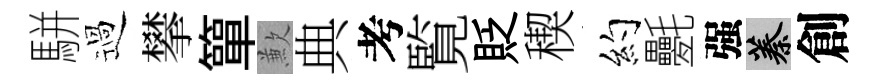
駢過攀簞歉典考覧貶稧约氎强蓁創